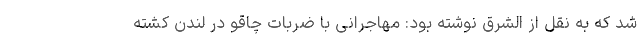
شد که به نقل از الشرق نوشته بود: مهاجرانی با ضربات چاقو در لندن کشته